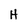
Character: H